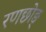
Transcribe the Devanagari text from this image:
रणछोङ्